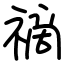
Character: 𥛚